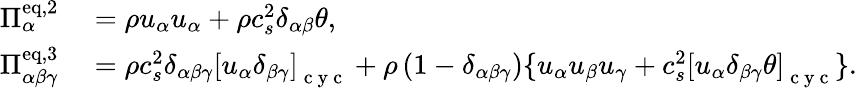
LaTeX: \begin{array}{rl}{\Pi_{\alpha}^{\mathrm{eq,2}}}&{{}=\rho u_{\alpha}u_{\alpha}+\rho c_{s}^{2}\delta_{\alpha\beta}\theta,}\\ {\Pi_{\alpha\beta\gamma}^{\mathrm{eq,3}}}&{{}=\rho c_{s}^{2}\delta_{\alpha\beta\gamma}\left[u_{\alpha}\delta_{\beta\gamma}\right]_{\mathrm{~c~y~c~}}+\rho\left(1-\delta_{\alpha\beta\gamma}\right)\{ u_{\alpha}u_{\beta}u_{\gamma}+c_{s}^{2}\left[u_{\alpha}\delta_{\beta\gamma}\theta\right]_{\mathrm{~c~y~c~}}\} .}\end{array}